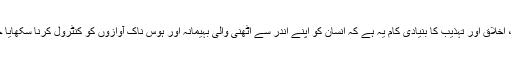
مذہب، اخلاق اور تہذیب کا بنیادی کام یہ ہے کہ انسان کو اپنے اندر سے اٹھنی والی بہیمانہ اور ہوس ناک آوازوں کو کنٹرول کرنا سکھایا جائے۔